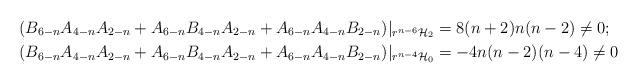
LaTeX: \begin{align*}&(B_{6-n}A_{4-n}A_{2-n}+A_{6-n}B_{4-n}A_{2-n}+A_{6-n}A_{4-n}B_{2-n})|_{r^{n-6}\mathcal{H}_2}=8(n+2)n(n-2)\neq 0;\\&(B_{6-n}A_{4-n}A_{2-n}+A_{6-n}B_{4-n}A_{2-n}+A_{6-n}A_{4-n}B_{2-n})|_{r^{n-4}\mathcal{H}_0}=-4n(n-2)(n-4)\neq 0\end{align*}